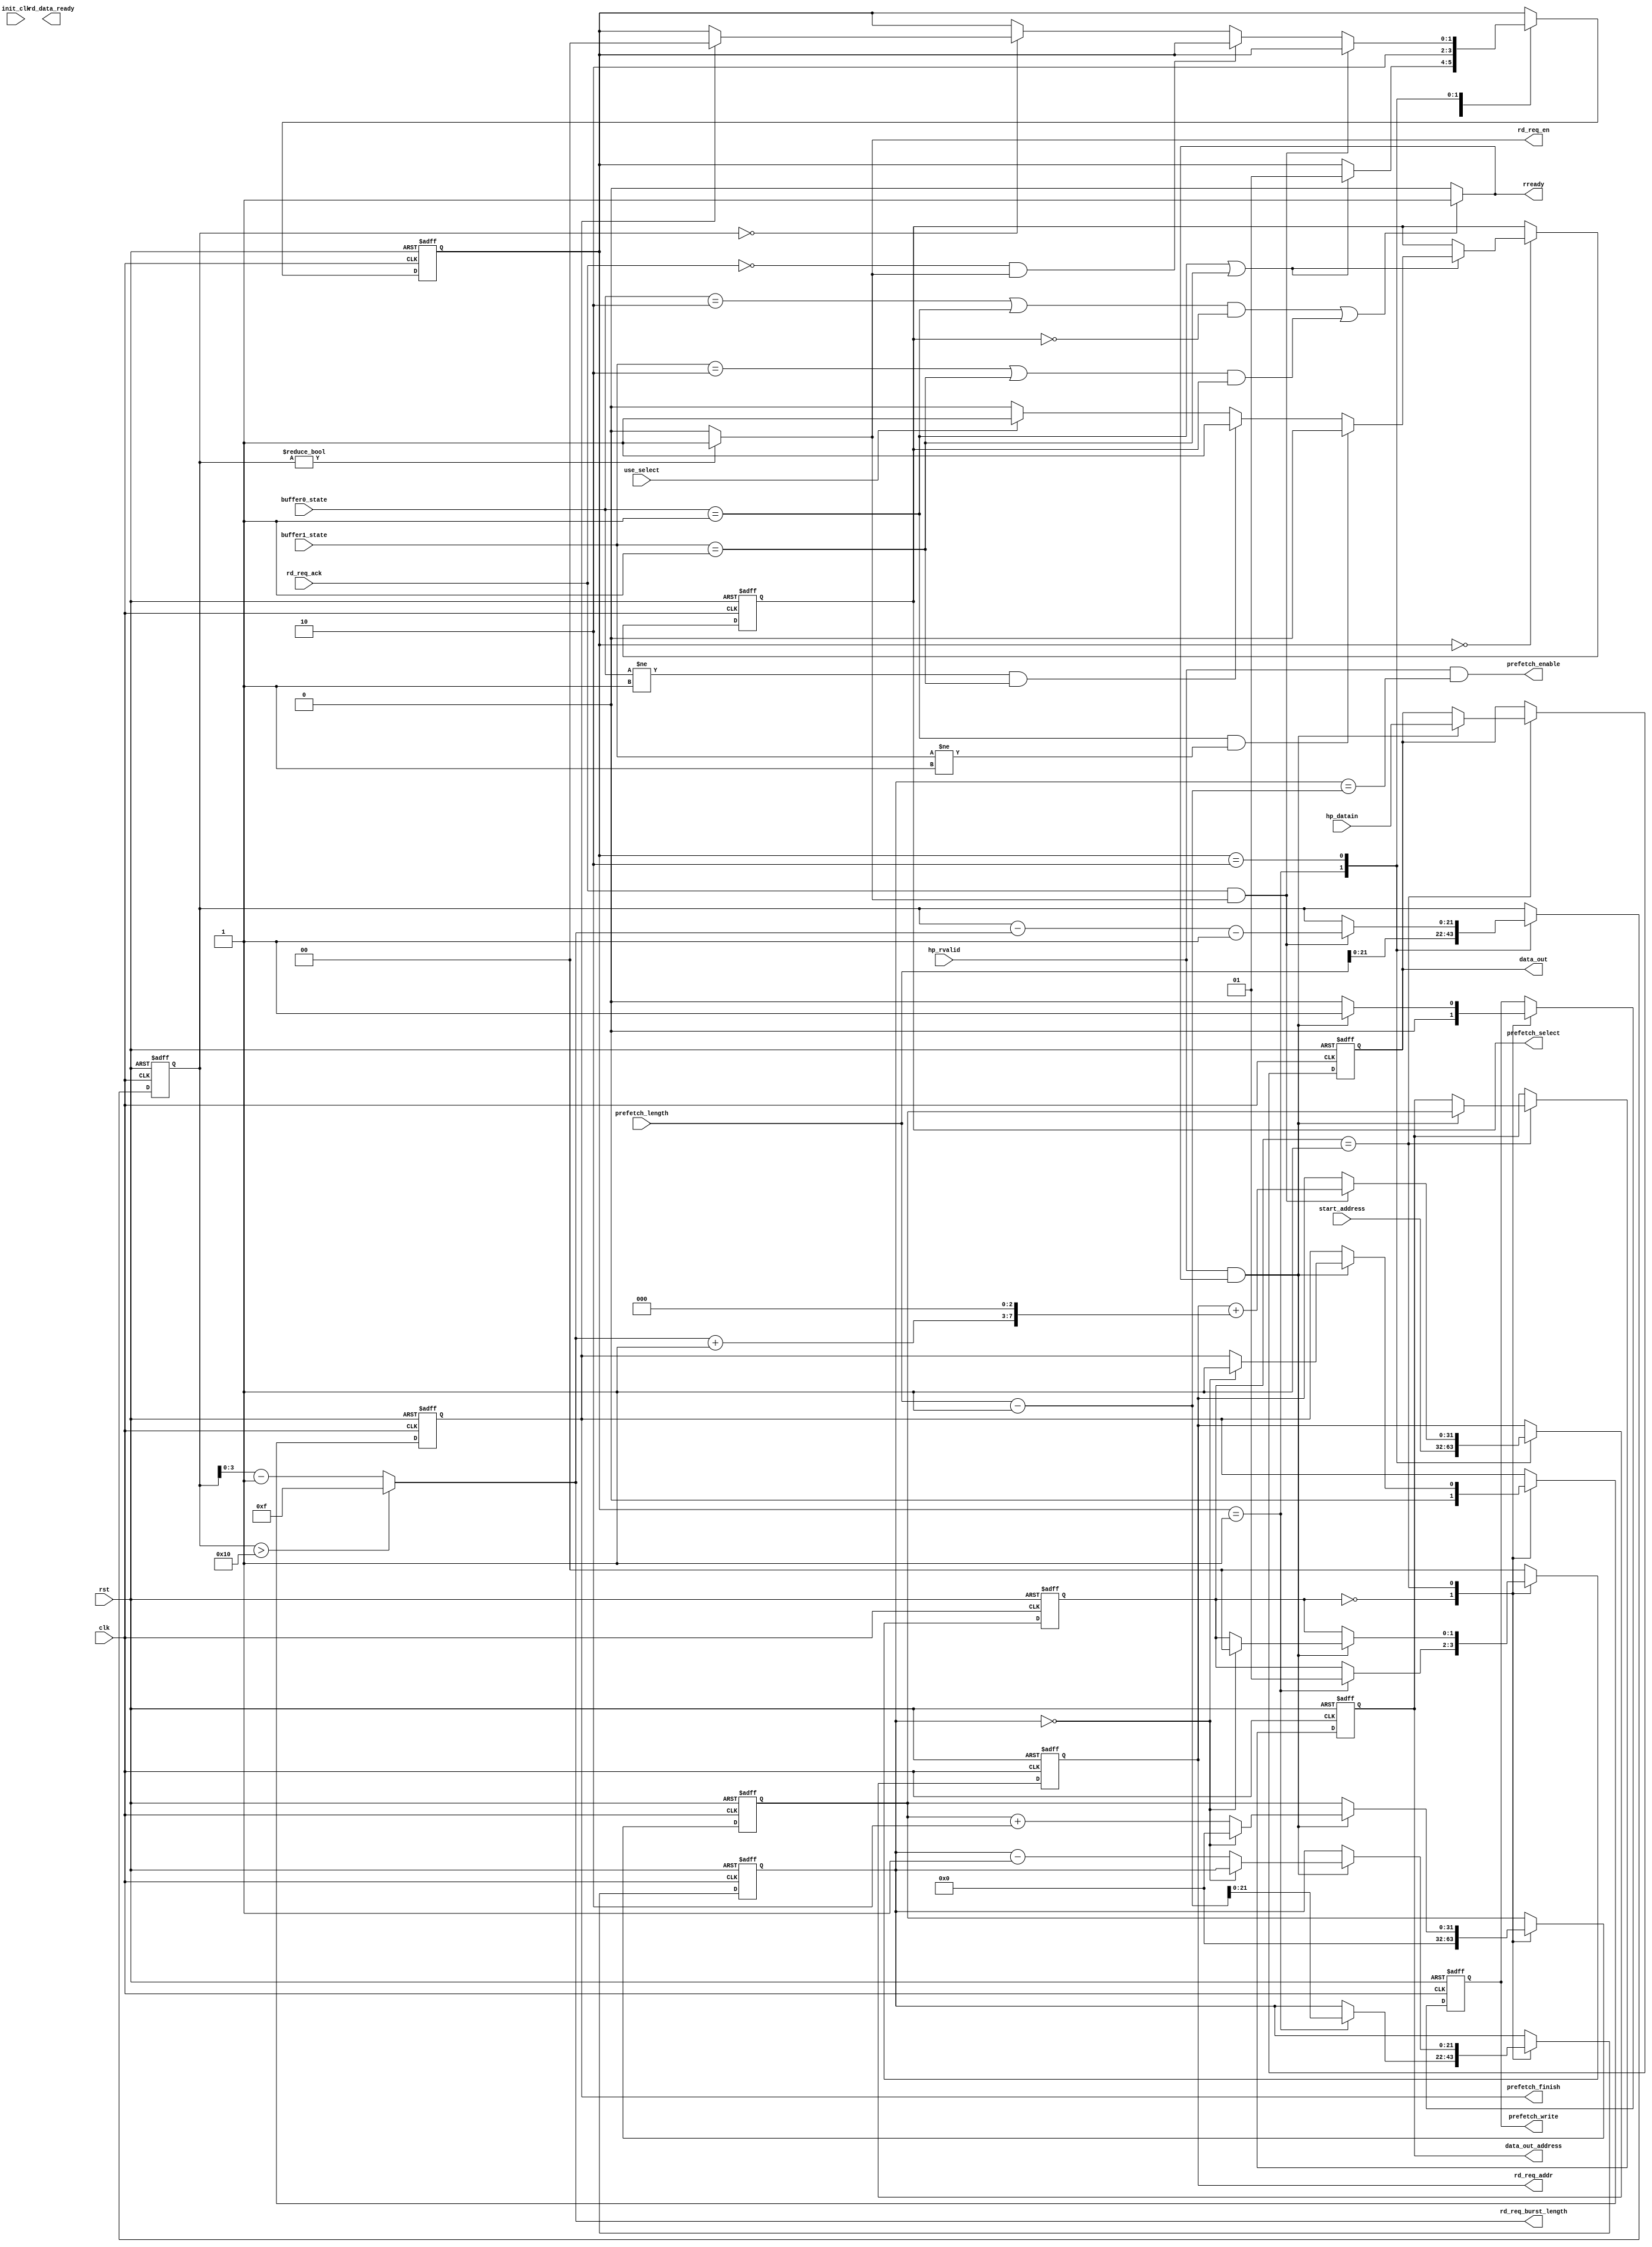
`timescale 1 ns / 1 ps
module prefetcher
(
init_clk,
clk,
rst,

hp_datain,
hp_rvalid,

start_address,
prefetch_length,

buffer0_state,
buffer1_state,

//data_in,
//use_read,

prefetch_select,
prefetch_enable,
prefetch_finish,
prefetch_write,

data_out,
data_out_address,

rd_req_ack,

rd_req_addr,
rd_req_en,
rd_req_burst_length,
rd_data_ready,

//use_read,
//FIFO_amfull,
////read_finish
//data_out_buffer0,
//data_out_buffer1,

use_select,

rready
//rd_b,
//empty_b,
//dout_b

);

input init_clk;
input clk,rst;
input [31:0] start_address;
input [31:0] prefetch_length;

input [2:0] buffer0_state;
input [2:0] buffer1_state;

input rd_req_ack;
input [63:0] hp_datain;
input hp_rvalid;

////input [31:0] data_in;
//input  use_read;


//input [31:0]data_out_buffer0;
//input [31:0]data_out_buffer1;

input use_select;

//input rd_b;

output prefetch_select;
output prefetch_enable;
output prefetch_finish;
output prefetch_write;

output [63:0] data_out;
output [31:0] data_out_address;

 output		 [31:0]				rd_req_addr;
 output	 						rd_req_en;
 output   [3:0]                 rd_req_burst_length;
 output	 						rd_data_ready;
 
// output FIFO_amfull;
 output rready;
 
// output empty_b;
// output [31:0] dout_b;
// output read_finish;
 
 wire	[31:0]	   rd_req_addr;
 wire	 		   rd_req_en;
 wire   [3:0]     rd_req_burst_length;
 wire	 		   rd_data_ready;
 wire   [3:0]     burst_length;
 
//  wire   FIFO_amfull;
//  wire [31:0]din;
//  wire [31:0]dout;
//  wire empty;
//  wire full;
//  wire prog_full;
//  wire rd_en;
//  wire rst;
//  wire wr_en;
 
 wire [2:0] buffer0_state;
 wire  [2:0] buffer1_state;
 wire      rvalid_rready;
 wire      rready;
 //wire      read_finish;
 
// wire full_b,empty_b;
// wire [31:0] dout_b;
 

 
 reg [21:0] DMAreqcounter;
 reg [31:0] currentsaddr;
 
 reg prefetch_select;
 //reg prefetch_en;
 wire prefetch_enable;
 reg prefetch_finish;
 reg prefetch_write;
 
 reg [1:0] state,state0;
 reg [21:0] DMArplcounter;
 reg [63:0] data_out;
 reg [31:0] data_out_address;
 reg [31:0] addr;
 
// reg use_select_d0, use_select_d1;
  
always@(posedge clk or posedge rst)
 if(rst)
  begin
    state <=2'b0;
    prefetch_select<=1'b0;
    currentsaddr<=32'b0;
    DMAreqcounter<=21'b0;
  end
else
  begin
    case(state)
      2'b0:
       begin
          if(buffer0_state==3'b1 || buffer1_state==3'b1)
            begin
               state<=2'b1;
             //  prefetch_en<=1'b1;//prefetching
               if(buffer0_state==3'b1 && buffer1_state!=3'b1)
                  prefetch_select<=1'b0;
               else
                 if(buffer0_state!=3'b1 && buffer1_state==3'b1)
                  prefetch_select<=1'b1;
               else
                 begin
                   //prefetch_select<=1'b0;
                   if(~use_select)
                        prefetch_select<=1'b0;
                   else
                        prefetch_select<=1'b1;
                 end
            end
          else
             state<=state;
       end
      2'b01:
        begin
           currentsaddr<=start_address;
           DMAreqcounter<=prefetch_length;
           state <=2'b10;
        //   DMArplcounter<=prefetch_length;   
        end
      2'b10:
      begin
      if(rd_req_ack&&rd_req_en)//indecate last request is successful
        begin
           currentsaddr <= currentsaddr + ((burst_length + 1)<<3);
                                       //DMAreqcounster <= DMAreqcounter - burst_length - 1;
           DMAreqcounter <= DMAreqcounter - burst_length - 1;//if DMAreqconter.==1,means last time                                
                                                               
       end
      else if(~rd_req_ack && rd_req_en)
         begin
           currentsaddr<= currentsaddr;
           DMAreqcounter <= DMAreqcounter;//keep
         end 
      else  if(DMAreqcounter==0)
        begin
           if(prefetch_finish==1'b1)
             state<=2'b0;
           else
             state<=state;
         end 
         
      end
  default: state <=state;
  endcase
end

always@(posedge clk or posedge rst)
 if(rst)
  begin
  //  prefetch_en<=1'b0;
    prefetch_write<=1'b0;
    prefetch_finish<=1'b1;
    DMArplcounter<='b0;
    data_out<=64'b0;
    data_out_address<='b0;
    addr<='b0;
    state0<=2'b0;
  end 
else
  begin
    case(state0)
      2'b0:
       begin
     //    prefetch_en<=1'b0;//delay...
         prefetch_write<=1'b0;
         prefetch_finish<=1'b0;
         addr <='b0;
         if(state==2'b01)
           begin
            DMArplcounter<=prefetch_length-1;
         //   DMArplcounter<=8;
            state0 <=2'b01;
          end
       end
      2'b01:
        begin
          //if(rd_data_ready && rvalid_rready)
          if(rvalid_rready)
            begin
               prefetch_write<=1'b1;
               data_out_address<=addr;
               data_out <= hp_datain;
               addr <=addr + 2;
             if(DMArplcounter==0)
               begin
                prefetch_finish<=1'b1;//
                state0<=2'b0;
                addr<='b0;
               end
            else
                DMArplcounter<= DMArplcounter-1;
          end
        else
            begin
               prefetch_write<=1'b0;
            end
       end

      
  default: state0 <=2'b0;
  endcase
end



//always@(posedge clk or posedge rst)
// if(rst)
//  begin
//    use_select_d0<='b0;
//     use_select_d1<='b0;
//  end
//else
//  begin
//   use_select_d0<=use_select;
//   use_select_d1<=use_select_d0;
// end

//fifo_generator_3 FIFO_B
//(.clk(clk),
//    .rst(rst),
//    .din(din),
//   .wr_en(wr_en),
//    .rd_en(rd_en),
//    .dout(dout_b),
//    .full(full_b),
//    .empty(empty_b),
//    .prog_full(prog_full)
//    );
 
 
//    ila_3 ila_3 (
//              // input wire clk
//       .clk(init_clk),
//             .probe0(prefetch_enable),
//             .probe1(prefetch_select),
//             .probe2(prefetch_write),
//             .probe3(prefetch_finish),
//             .probe4(state),
//             .probe5(state0),
//             .probe6(currentsaddr),
//             .probe7(DMAreqcounter),
//             .probe8(rd_req_ack),
//             .probe9(rd_req_en),
//             .probe10(DMArplcounter),
//             .probe11(rvalid_rready),
//             .probe12(rready),
//             .probe13(burst_length),
//             .probe14(hp_rvalid),
//             .probe15(hp_datain),
//             .probe16(wr_en),
//             .probe17(din),
//             .probe18(prog_full),
//             .probe19(data_out_address),
//             .probe20(buffer0_state),
//             .probe21(buffer1_state),
//             .probe22(start_address),
//             .probe23(use_select_d1),
//             .probe24(use_read)
//    ); 
assign  burst_length = (DMAreqcounter> 16)?15:DMAreqcounter-1;
assign  rd_req_en = DMAreqcounter ? 1:0;
assign  rd_req_addr = currentsaddr;
assign  rd_req_burst_length = burst_length;
assign  rvalid_rready = hp_rvalid & rready;
assign  rready=((buffer0_state==3'b010 || buffer0_state==3'b001 ) && ~prefetch_select) || ((buffer1_state==3'b010 || buffer1_state==3'b001 ) &&  prefetch_select)?1'b1:1'b0;//prefetching

assign prefetch_enable=hp_rvalid && (DMArplcounter==prefetch_length-1);//the first cycle

//assign wr_en = use_read;
//assign rd_en = rd_b;
////assign rd_en = ~empty_b;
//assign din = use_read? (use_select_d1?data_out_buffer1:data_out_buffer0):32'b0;
//assign FIFO_amfull=prog_full;

//assign read_finish = ~prog_full && use_read;

endmodule